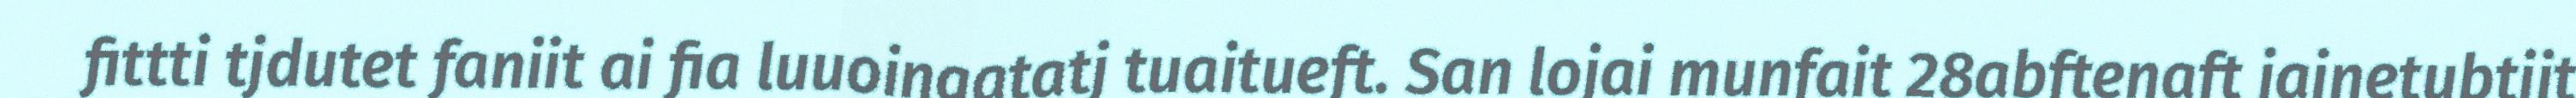
fittti tjdutet faniit ai fia luuoingatatj tuaitueft. San lojai munfait 28abftenaft jainetubtjit